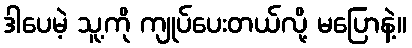
ဒါပေမဲ့ သူ့ကို ကျုပ်ပေးတယ်လို့ မပြောနဲ့။